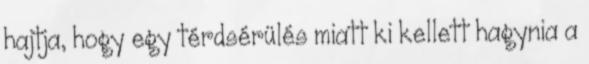
hajtja, hogy egy térdsérülés miatt ki kellett hagynia a